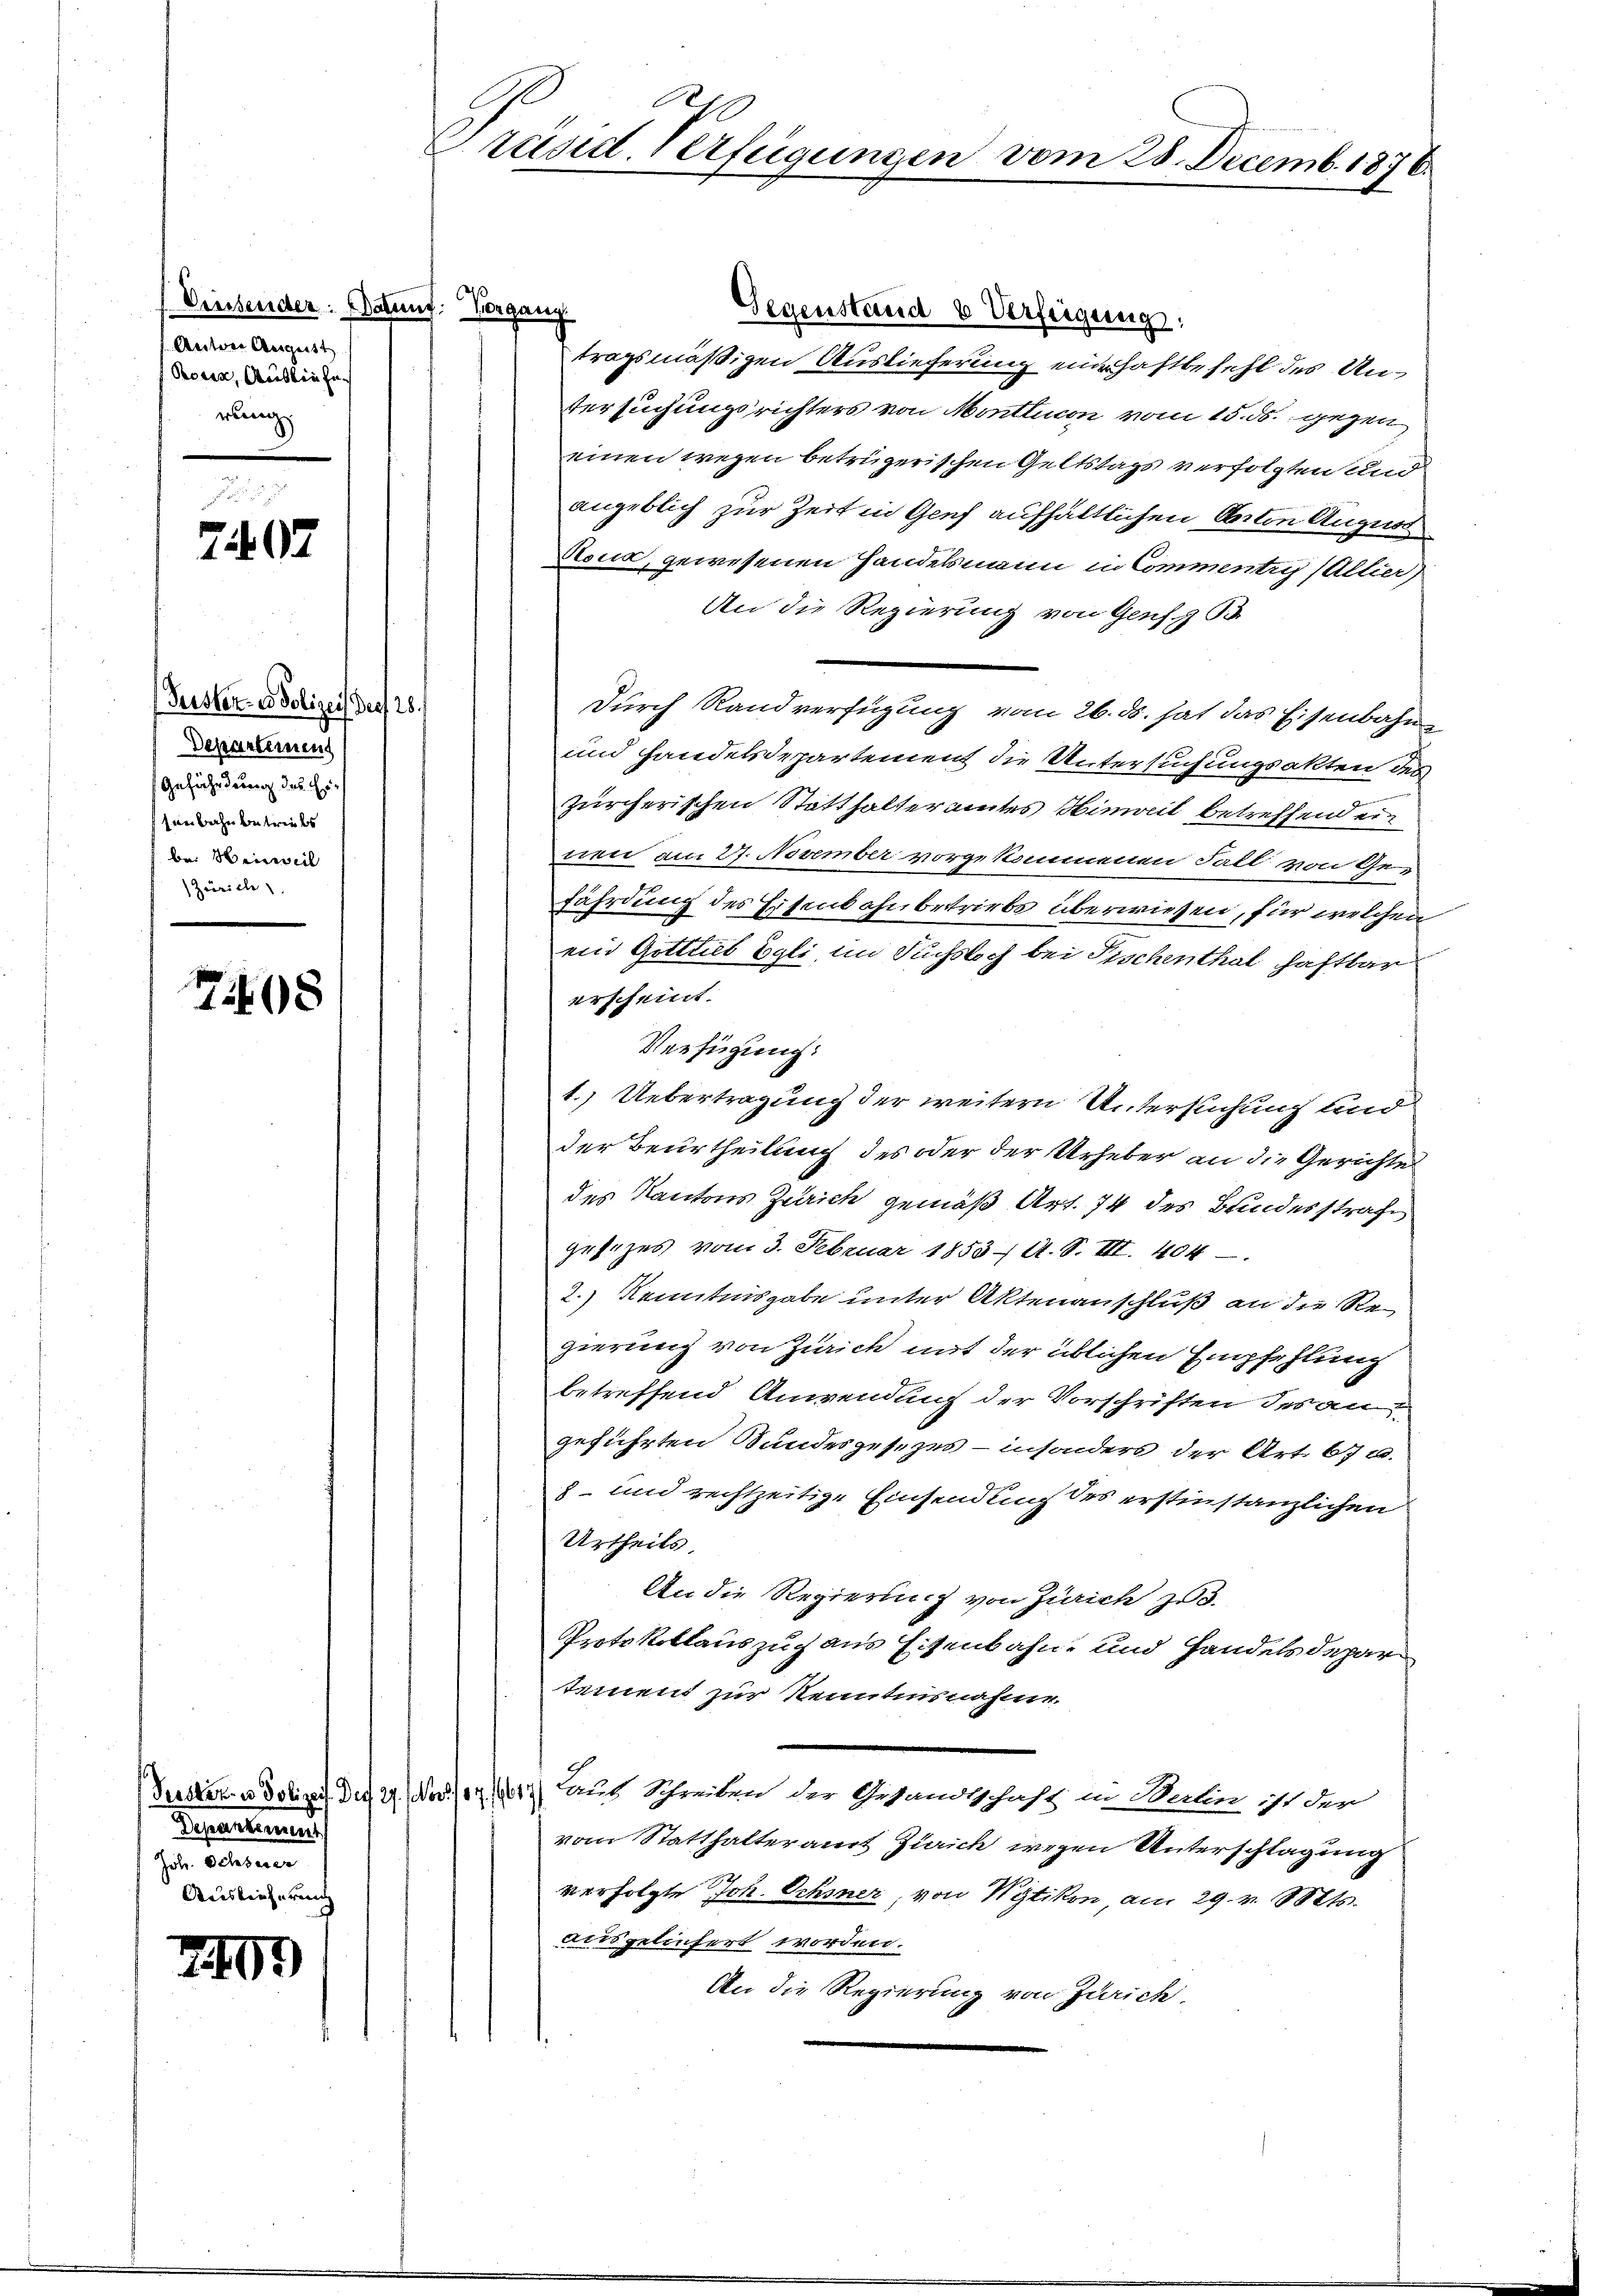
(Diessender. (Datung: Vergang
Aectore Ausgeist
Proren, Ausliefe
rung

7407

Peister es Polizei der 28.
Departeinen
Gefährdung des Ersenbahnbetriebs
bei Hinweil
Zürich

7408

Departiend
hee be
Auslieferung

7761

Präsid. Verfügungen vom 28. Decemb. 1876.

Gegenstand & Verfeigung:
tragsmäßigen Auslieferung einhaftbefehl des Un¬
Versuchungsrichters von Monttucon vom 15. ds. gegen
einen wegen betrügerischen Geltstags verfolgten und
angeblich zur Zeit in Genf aufhältlichen Anton August
Noua, gewesenen Handelsmann in Commentri (Allier)
An die Regierung von Genf. B
Durch Rand verfügung vom 26. ds. hat das Eisenbahn¬
und Handelsdepartement die Untersuchungsakten derzürcherischen Statthalteramtes Hinweil betreffend ein
nen am 27. November vorgekommenen Fall von Gefährdung des Eisenbahnbetriebs überwiesen, für welchen
ein Gottlob Egli, im Suchsloch bei Fischenthal haftbar
erscheint.
Verfügung:
1.) Uebertragung der weitern Untersuchung und
der Beurtheilung des oder der Urheber an die Gerichte
des Kantons Zürich gemäß Art. 74 des Bundesstrafe
gesezes vom 3. Februar 1853 A. S. III. 404.
2.) Kenntnisgabe unter Aktenanschluß an die Regierung von Zürich mit der üblichen Empfehlung
betreffend Anwendung der Vorschriften des an
geführten Sandesgesezes - insonders der Art. 67 u.
8 und rechtzeitige Einsendung des erstinstanzlichen
Urtheils,
An die Regierung von Zürich zu 3.
Protokollauszug aus Eisenbahn- und Handelsdepar
tament zur Kenntnisnahme.
Suster u. Polizei Des 7. Nov. 1647) Auch Schreiben der Gesandtschaft in Weilen ist der
vom Statthalteramt Zürich wegen Unterschlagung
verfolgte Joh. Schöner, von Wytikon, am 29. v. Mts.
ausgeliefert worden.
An die Regierung von Zürich.